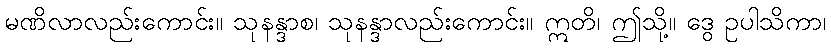
မဏိလာလည်းကောင်း။ သုနန္ဒာစ၊ သုနန္ဒာလည်းကောင်း။ ဣတိ၊ ဤသို့။ ဒွေ ဥပါသိကာ၊